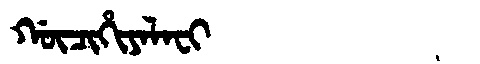
Manchu: ᡤᡡᠴᡳᡥᡳᠶᠠᠯᠠᠸᡳ
Romanization: GŪCIHIYALAFI